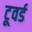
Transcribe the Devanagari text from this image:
टूवर्ड